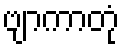
ဗျာကာတုံ